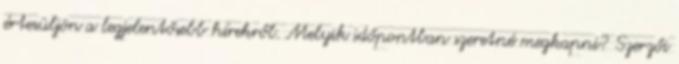
értesüljön a legjelentősebb hírekről. Melyik időpontban szeretné megkapni? Szerzői